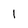
Character: 1